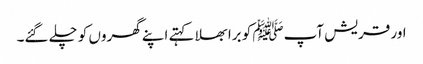
اور قریش آپﷺ کو برا بھلا کہتے اپنے گھروں کو چلے گئے۔